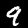
Digit: 9